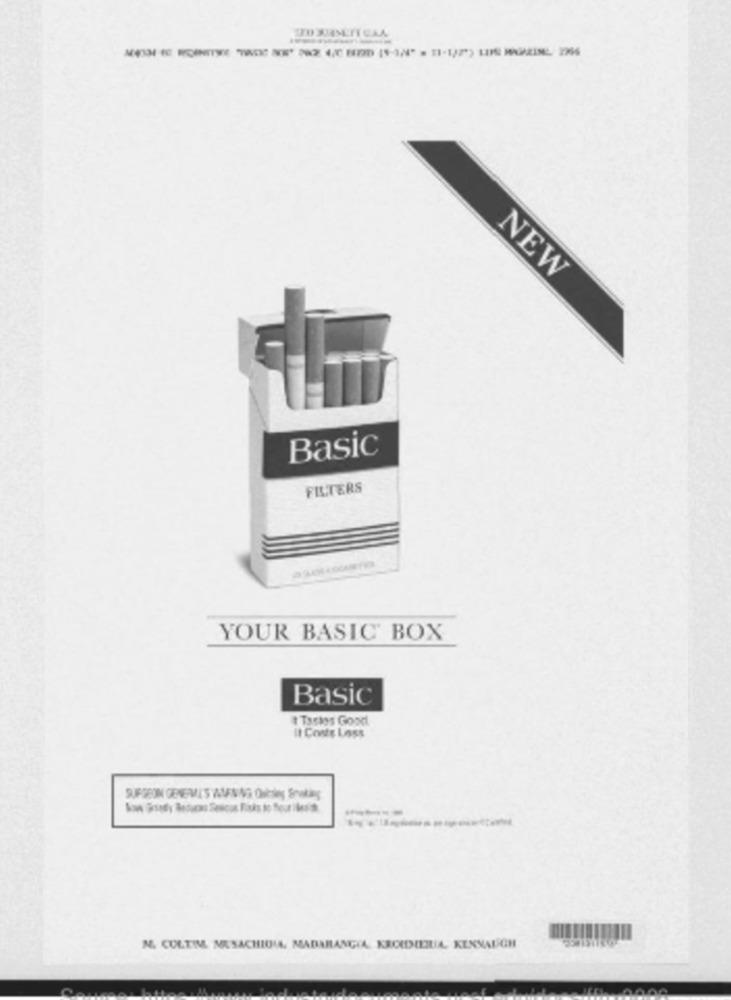
NEW
Basic
FILTERS
YOUR BASIC' BOX
Basic
t Tastes Good
It Conte Loss
N. CULTIM MESACHIGI. MADAHANGIA KROUDILUA KENSAFGH